Bréfritari: Jón Chr. Stephánsson
Viðtakandi: Halldór Jónsson
Dagsetning: A-1864-01-22
Skrifað á: Akureyri  Eyf.

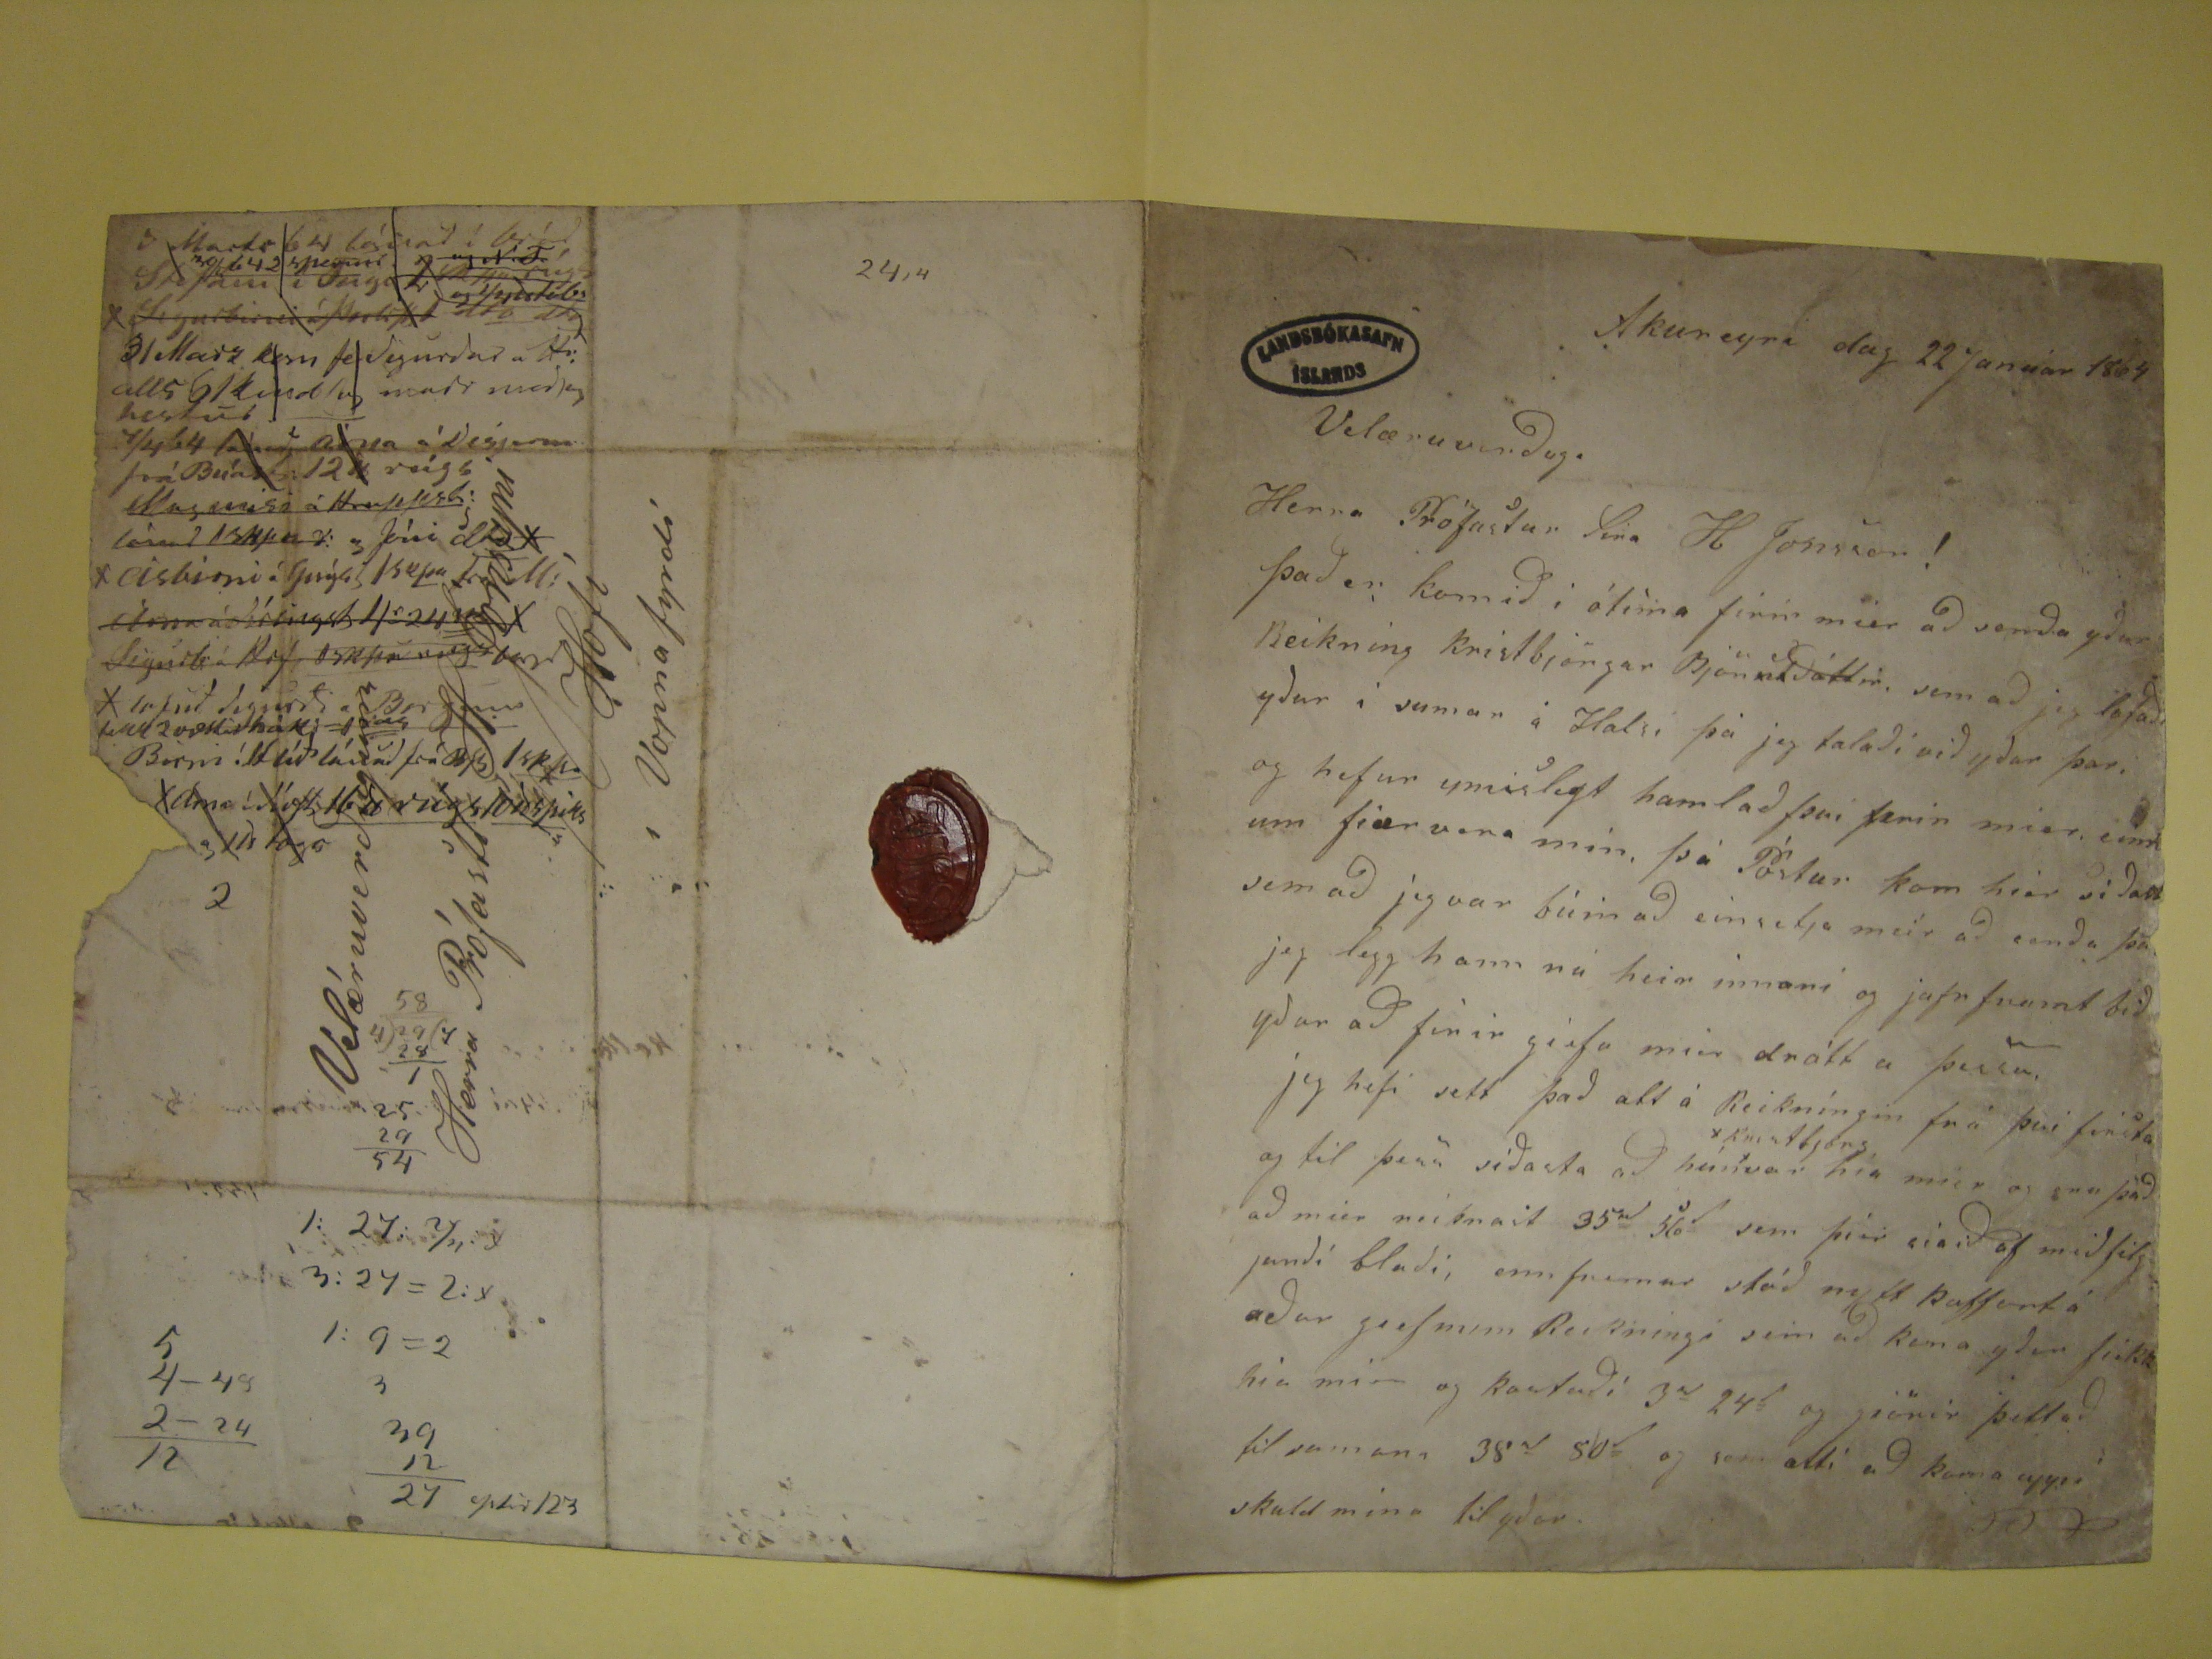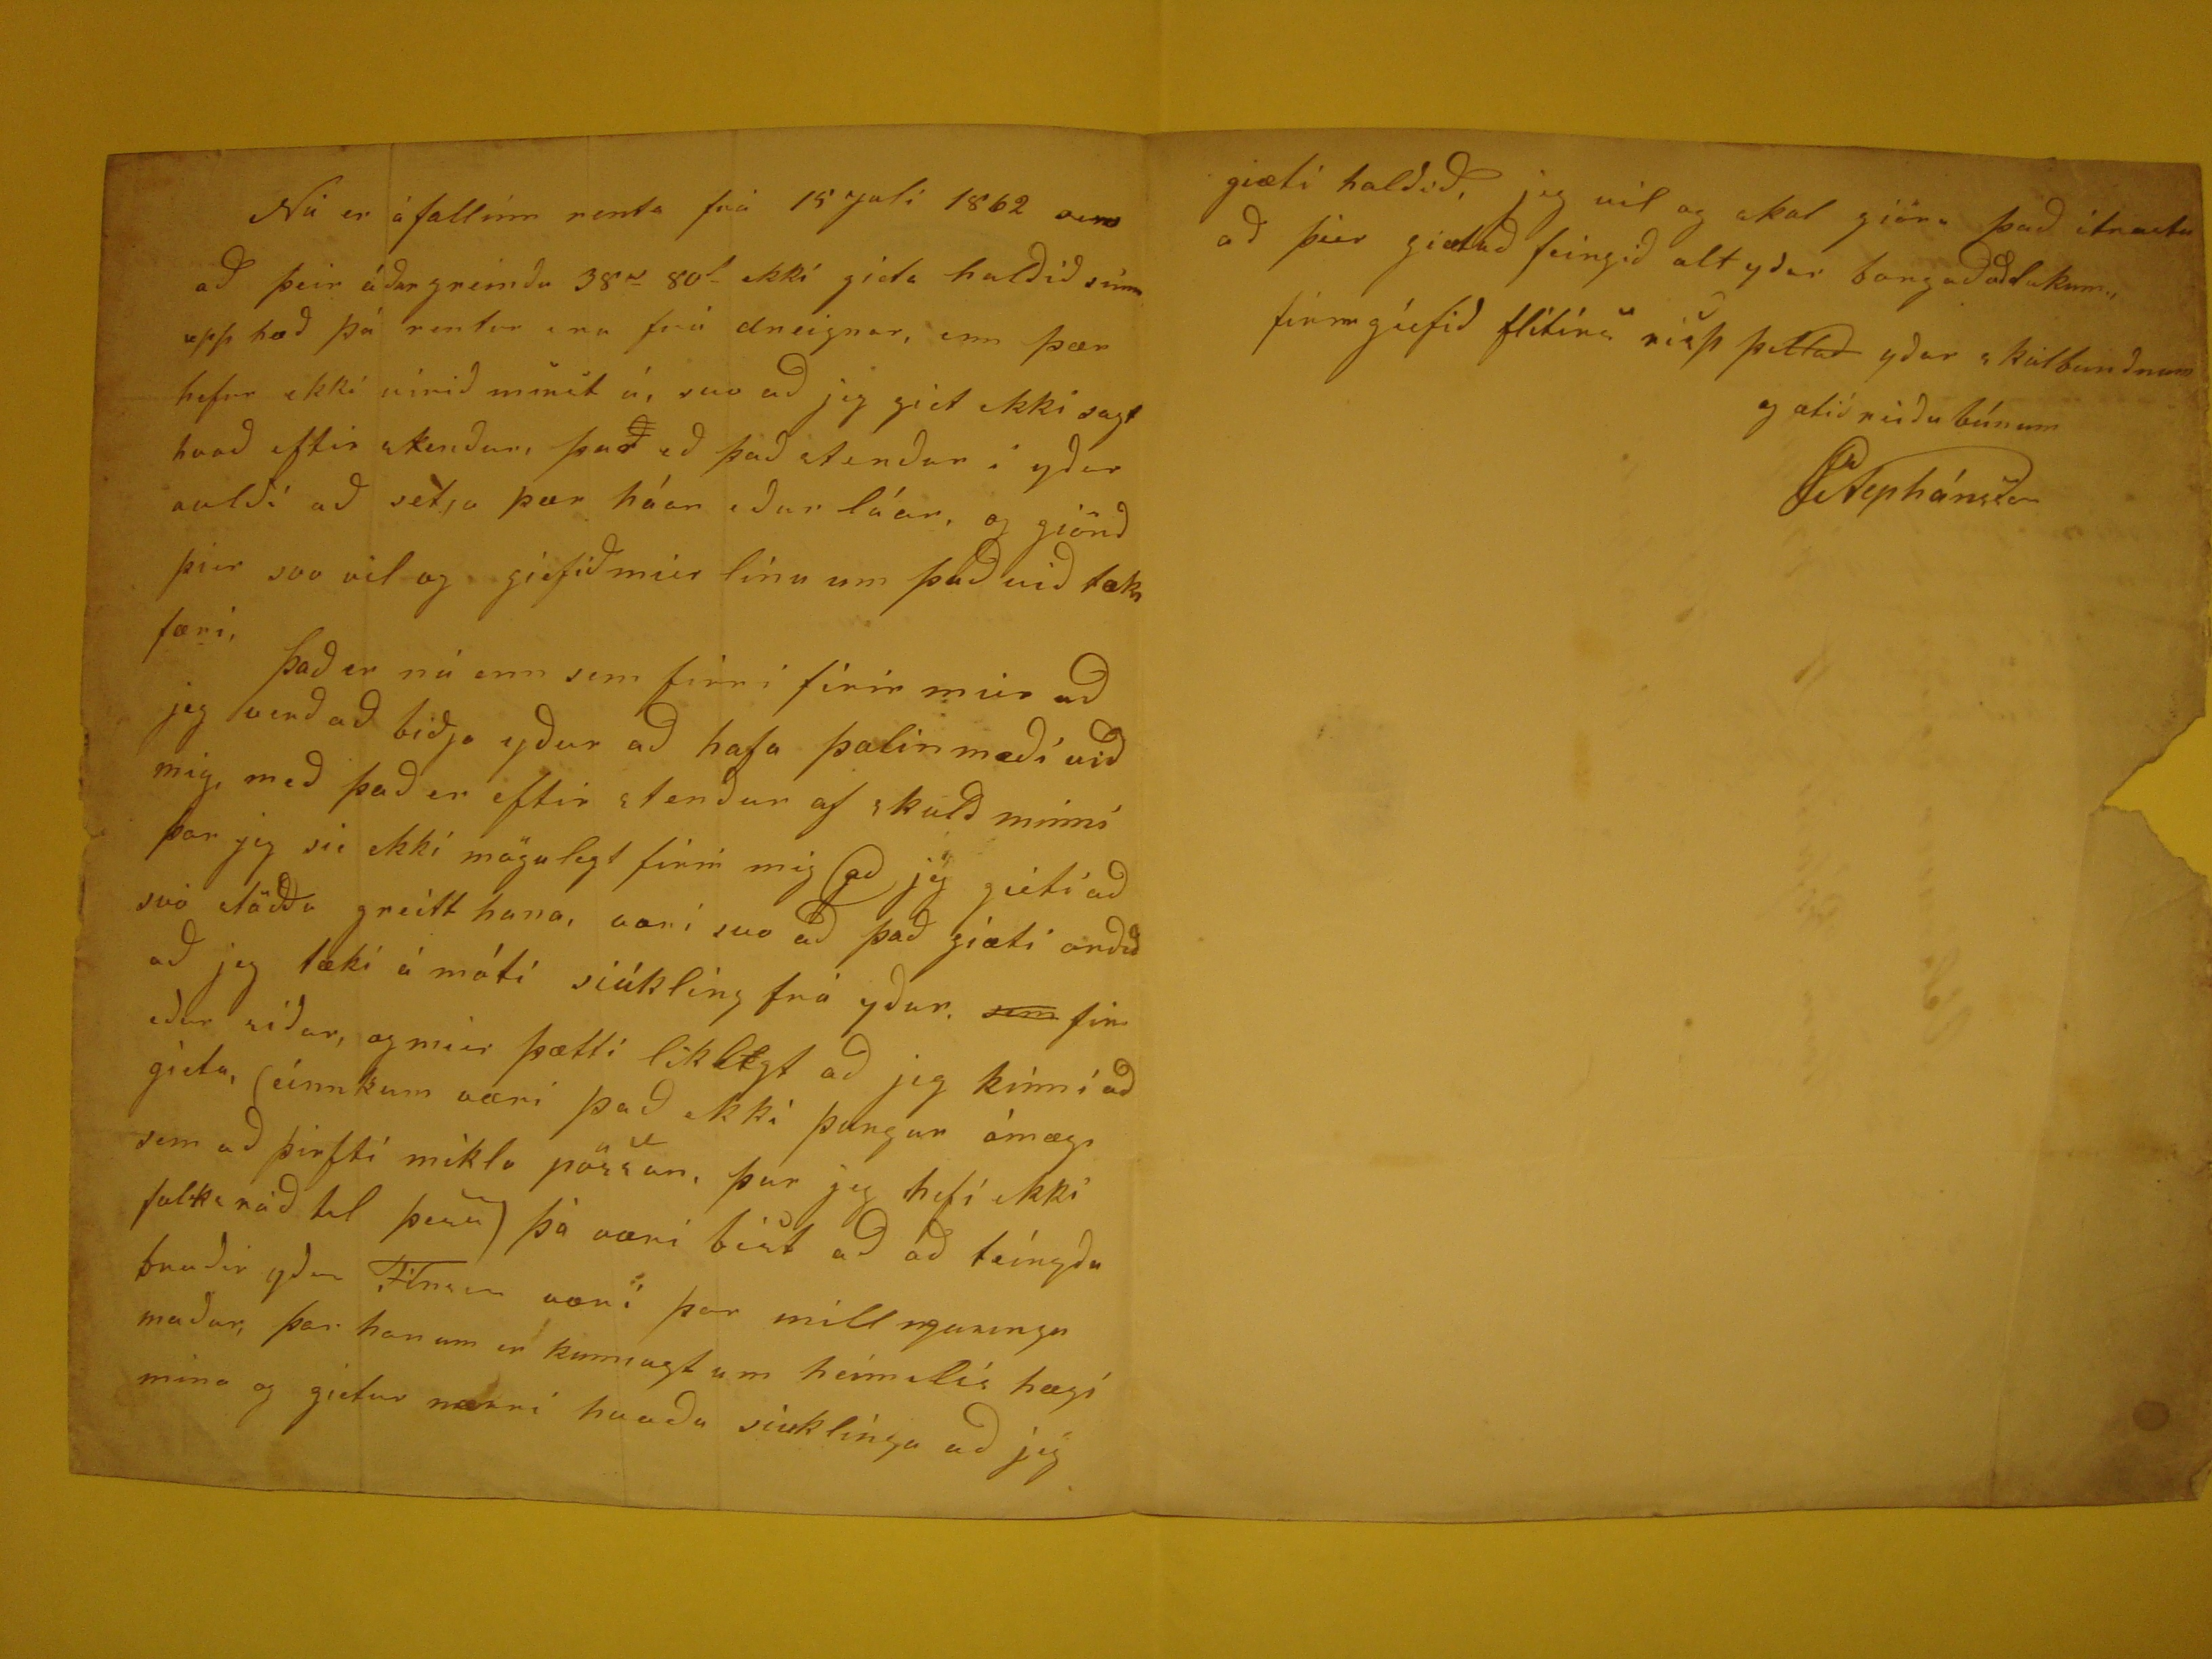

Akureyri dag 22 Janúar 1864
Velæruverðugi
Herra Prófastur Sira H Jonsson!
Það er komið í ótíma firir mier að senda yður Reikning kristbjörgar Björnsdóttir, sem að jeg lofaði yður i sumar á Halsi þá jeg talaði við yður þar, og hefur ymislegt
hamlað þvi firir mier, einn um fiar vera mín, þá Póstur kom hier síast sem að jeg var búin að einsetja meir að senda þá jeg legg hann nú heir innani og jafn frannt
bið yður að firir giefa mier drátt a þessu. jeg hefi sett það att á Reikníngin fr´aþví firsta og til þess síðasta að hún
RKristbjörg hia mier og svo það að mier reiknast 35
rd
56
d
sem þier siaið af mið filgjandi blaði, enn fremur stóð nytt koffort á aður gief num Reikningi sem að kona yðar fiekk hia mier og kostaði 3
rd
24
d
og sem ætti að koma uppí skuld mina til yðar.
Nú er á fallinn renta frá 15 Juli 1862 sem að þeir áður greindu 38
rd
80
d
ekki gieta halðið
sinna
upp hæð þá rentur eru frá dreignar, enn þær hefur ekki vírið minst á, svo að
jeg giet ekki sagt hvað eftir stendur í yðar avldi að setja þær háan eður láar, og giörið þier svo vel og giefið mier línu um það við tækifæri, Það er nú enn sem firri
firir mier að jeg verð að biðja yðr að hafa þolinmæði við mig, með það er eftir stendur af skuld minni þar jeg sie ekki mögulegt firir mig að jeg gieti að svo stöðva
greitt hana, var i svo að það giæti orðið að jeg tæki á móti siúkling frá yður,
sem
fir eður síðar, og mier þætti líklegt
að jeg kinni að gieta, (einnkum væri það ekki þungur ámægi sem að þirfti mikla pössun, þar jeg hefi ekki fulka ráð til þess) þá væri bíst að að feingðu bruðir yðar
Finsen væri þar
mill nguringn
maður, þar honum er kunnugt um heimilis hægi mina og gietur nærri hvaða siuklinga að jeg
giæti haldið, jeg vil og skal giöra það itrasta að þier giætuð feingið alt yðar borgaðað
dukum
., firirgiefið flitirs verk þettað yðar
skuldbundnum og ætið reiðubúnum
JStephánsson
Velæruverðugum
Herra Prófasti H Jónssyni
a/ Hofí
Vopnafyrdí